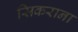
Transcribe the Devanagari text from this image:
सिकराना